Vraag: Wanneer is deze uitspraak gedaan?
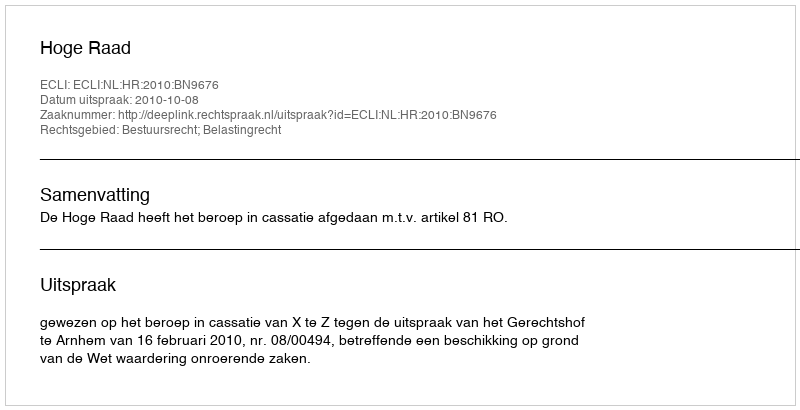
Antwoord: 2010-10-08